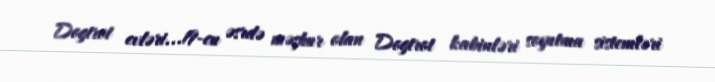
Dogtrot evləri...19-cu əsrdə məşhur olan Dogtrot kabinləri soyutma sistemləri